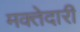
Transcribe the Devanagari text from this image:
मक्‍तेदारी